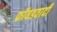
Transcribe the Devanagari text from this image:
फ्रॉयडवादी